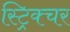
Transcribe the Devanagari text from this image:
स्ट्रिक्चर